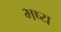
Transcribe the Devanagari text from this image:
भष्य